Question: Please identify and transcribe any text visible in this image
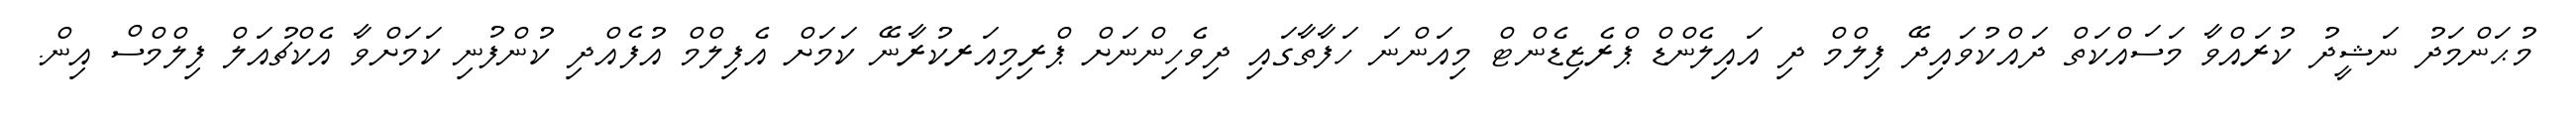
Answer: މުޙަންމަދު ނަޝީދު ކުރައްވާ މަސައްކަތް ދައްކުވައިދޭ ފިލްމް ދި އައިލެންޑް ޕްރެޒިޑެންޓް މިއަންނަ ހަފާތާގައި ދިވެހިންނަށް ޕްރިމިއަރކުރާނޭ ކަމަށް އެފިލްމް އުފެއްދި ކުންފުނި ކަމަށްވާ އެކްޗުއަލް ފިލްމްސް އިން.